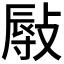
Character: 𢾯